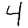
Digit: 4